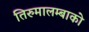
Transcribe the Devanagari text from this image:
तिरुमालम्बाको